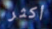
أكثر